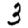
Digit: 3